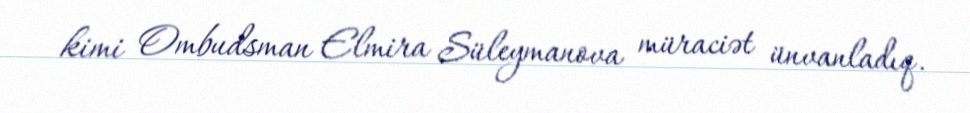
kimi Ombudsman Elmira Süleymanova müraciət ünvanladıq.